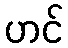
ဟင်